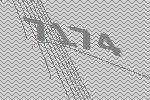
7174